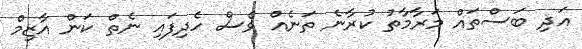
އަދި ބަސްތައް މަރާމާތު ކުރާނެ ތަނެއް ވެސް ހެދިފައި ނެތް ކަން އާޒިމް